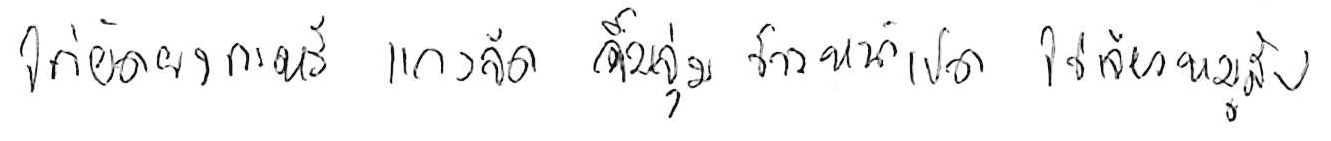
ไก่ผัดผงกะหรี่ แกงจืด จิ้มจุ่ม ข้าวหน้าเป็ด ไข่เจียวหมูสับ